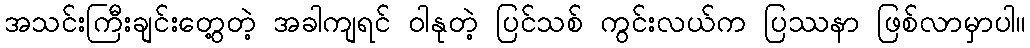
အသင်းကြီးချင်းတွေ့တဲ့ အခါကျရင် ဝါနုတဲ့ ပြင်သစ် ကွင်းလယ်က ပြဿနာ ဖြစ်လာမှာပါ။